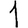
Digit: 1